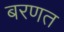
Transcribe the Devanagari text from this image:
बरणत